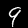
Digit: 9